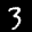
Label: 3